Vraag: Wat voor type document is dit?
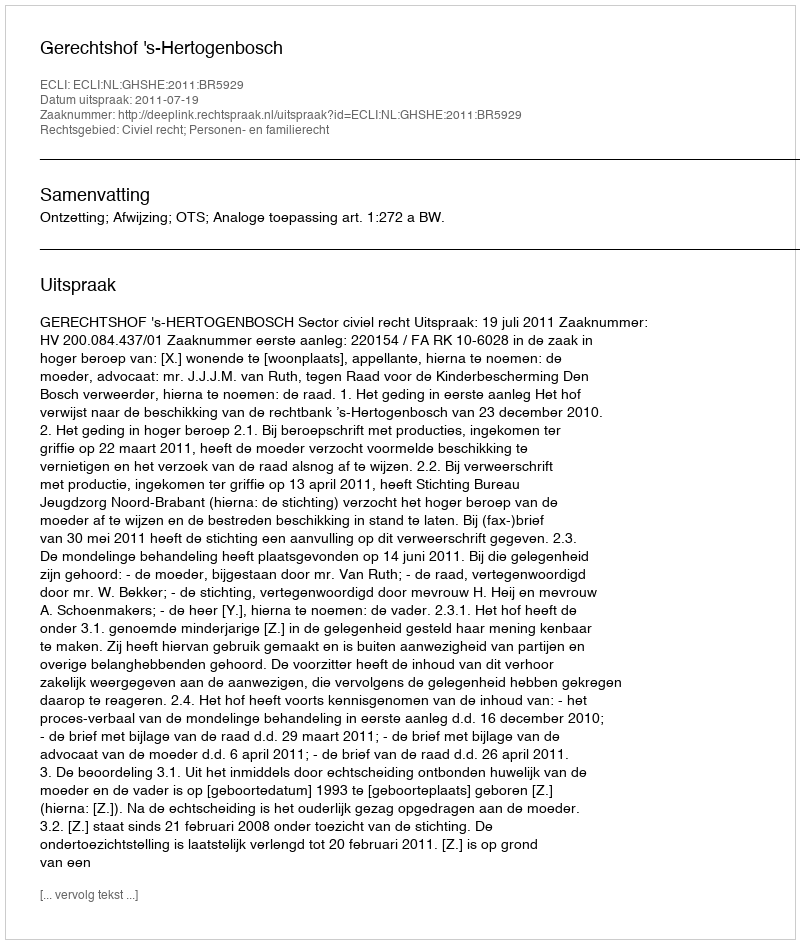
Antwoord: Uitspraak